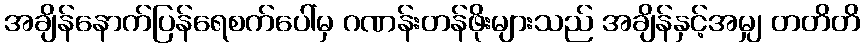
အချိန်နောက်ပြန်ရေစက်ပေါ်မှ ဂဏန်းတန်ဖိုးများသည် အချိန်နှင့်အမျှ တတိတိ